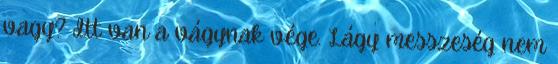
vagy? Itt van a vágynak vége. Lágy messzeség nem